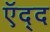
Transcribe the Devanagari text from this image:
ऍद्द